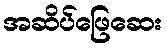
အဆိပ်ဖြေဆေး